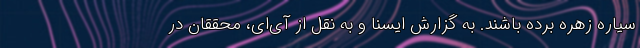
سیاره زهره برده باشند. به گزارش ایسنا و به نقل از آی‌ای، محققان در